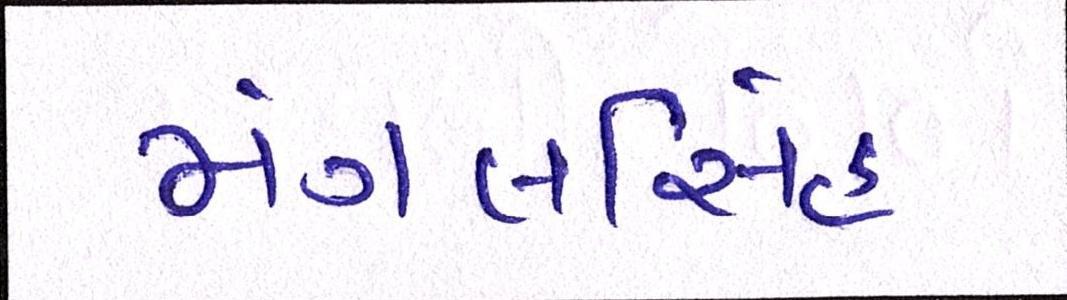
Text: મંગલસિંહ